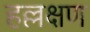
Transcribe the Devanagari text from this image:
हल्लक्षण